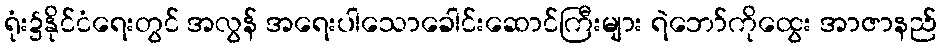
ရုံး၌နိုင်ငံရေးတွင် အလွန် အရေးပါသောခေါင်းဆောင်ကြီးများ ရဲဘော်ကိုထွေး အာဇာနည်